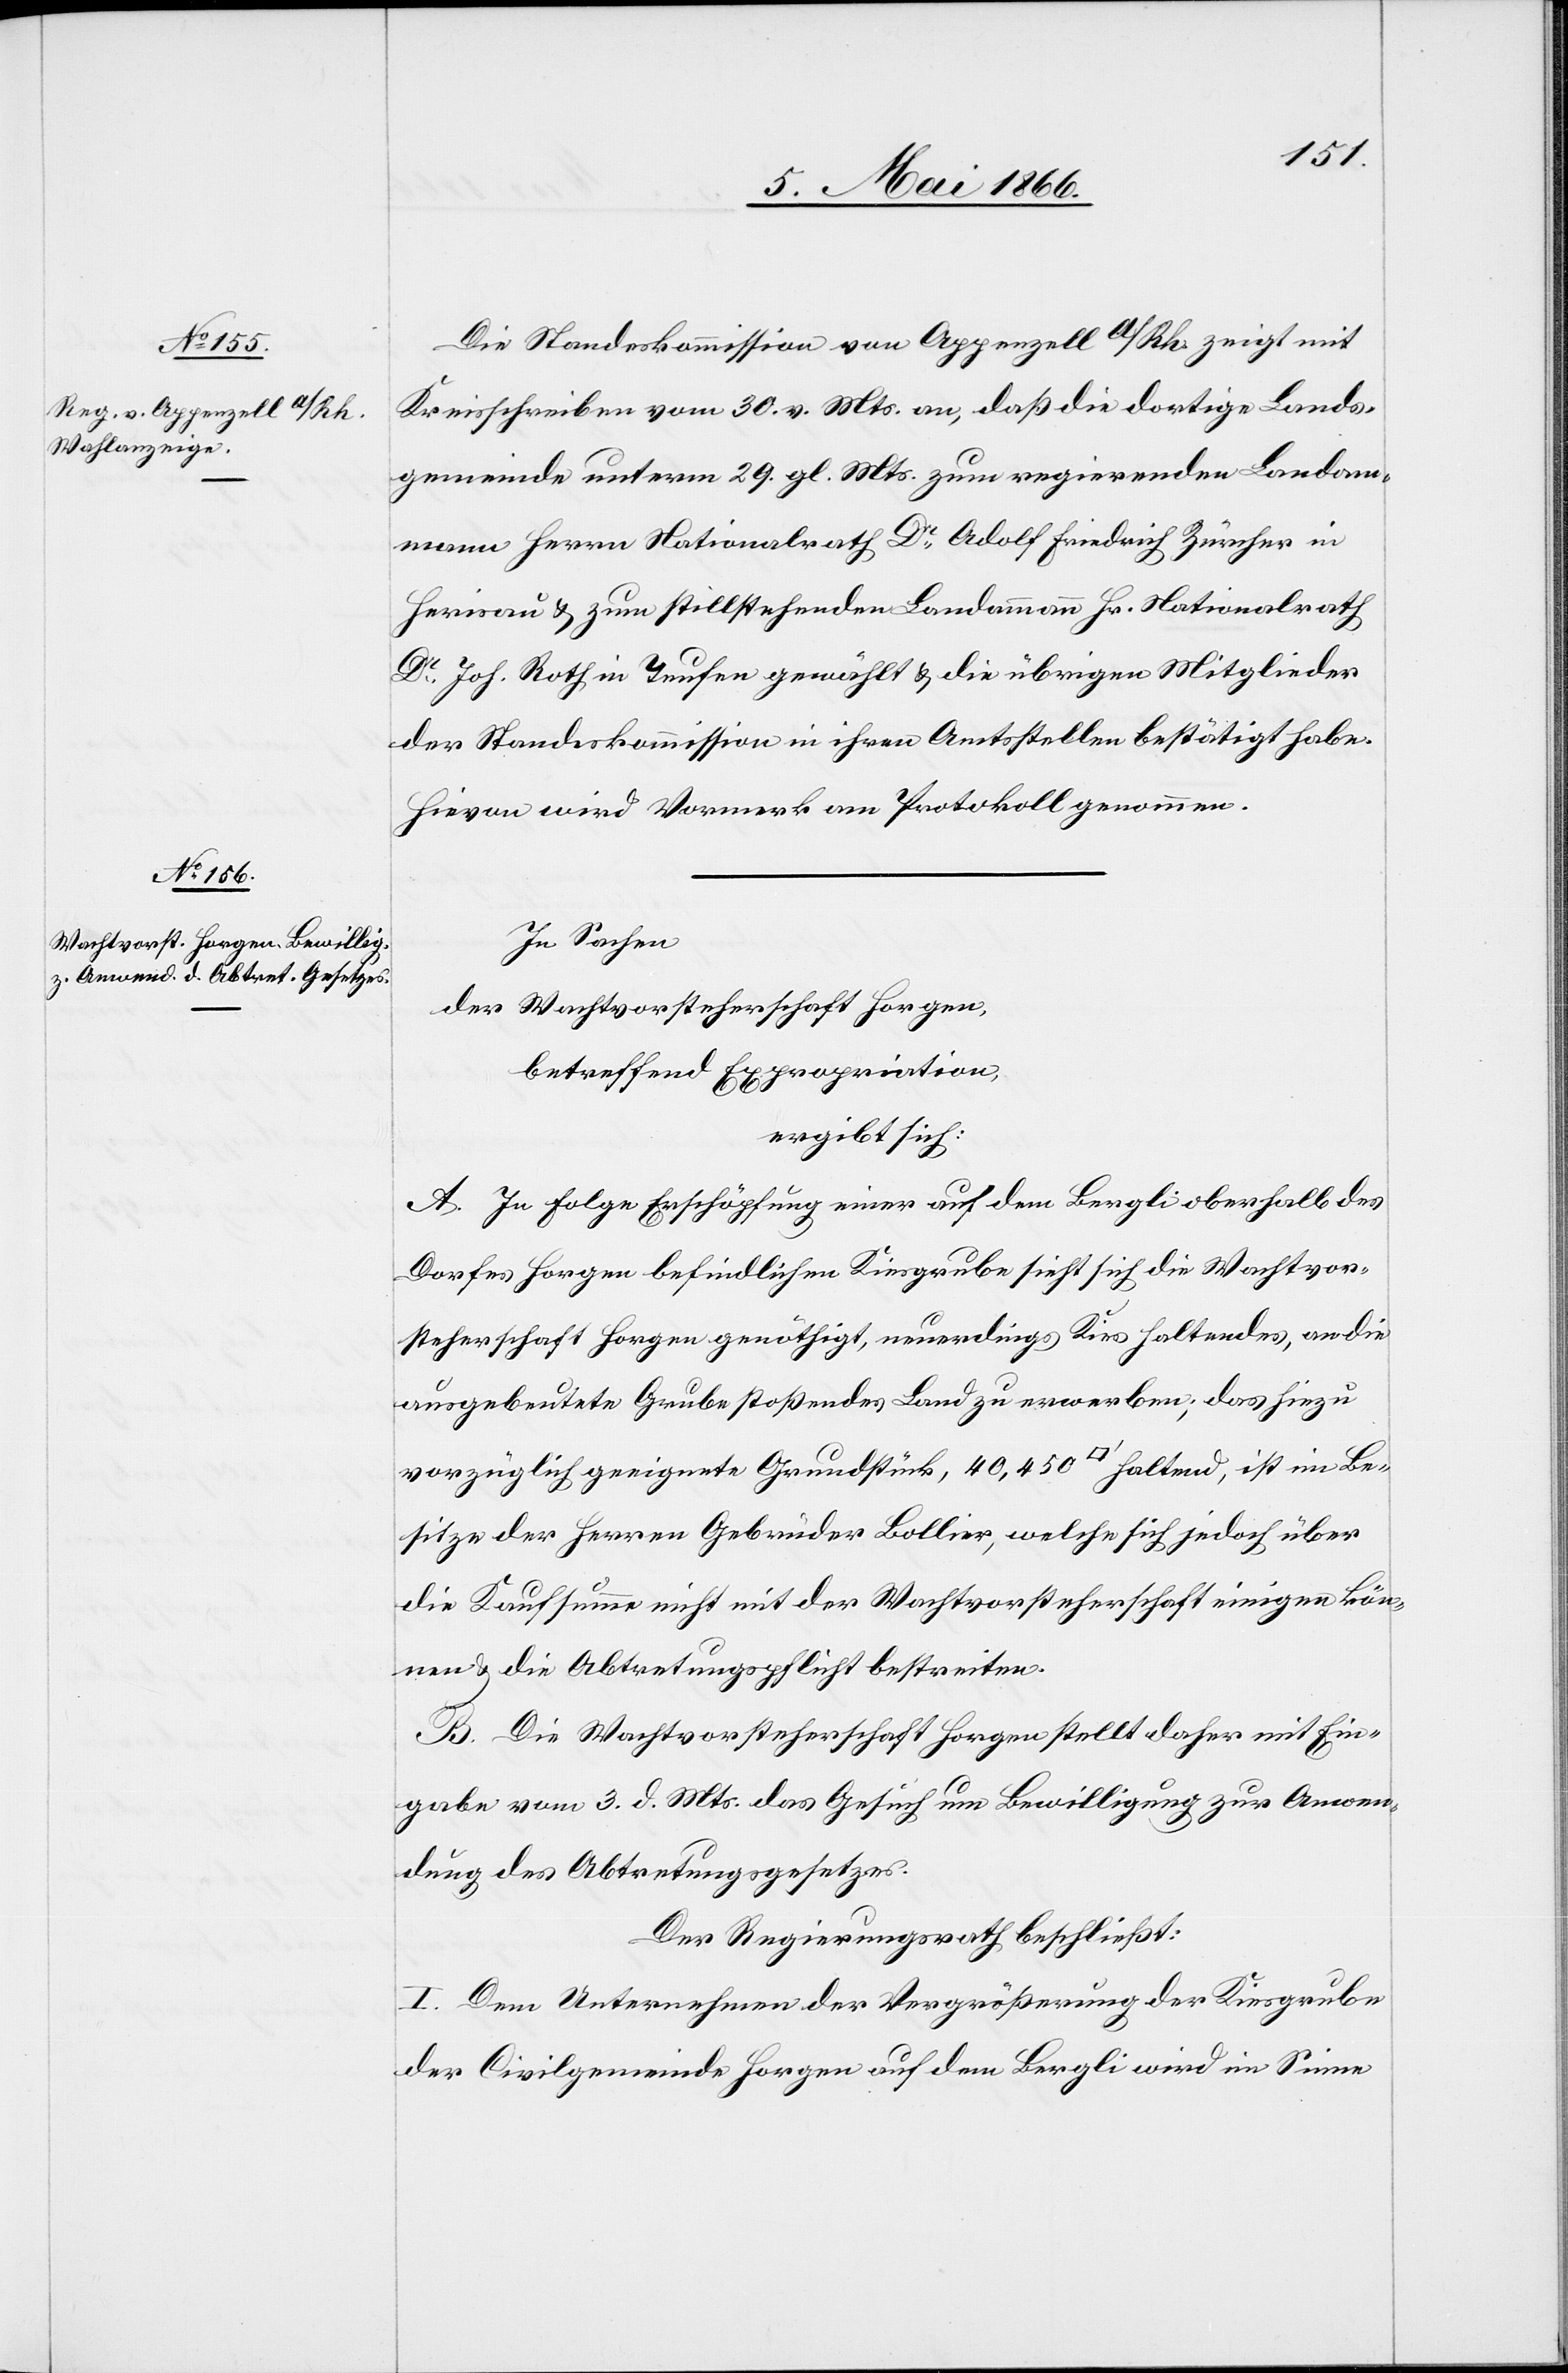
Die Standeskommission von Appenzell A/Rh. zeigt mit
Kreisschreiben vom 30. v. Mts. an, daß die dortige Lands¬
gemeinde unterm 29. gl. Mts. zum regierenden Landam¬
mann Herrn Nationalrath Dr. Adolf Friedrich Zürcher in
Herisau u. zum stillstehenden Landammann Hr. Nationalrath
Dr. Joh. Roth in Teufen gewählt u. die übrigen Mitglieder
der Standeskommission in ihren Amtsstellen bestätigt habe.
Hievon wird Vormerk am Protokoll genommen.
In Sachen
der Wachtvorsteherschaft Horgen,
betreffend Expropriation,
ergibt sich:
A. In Folge Erschöpfung einer auf dem Bergli oberhalb des
Dorfes Horgen befindlichen Kiesgrube sieht sich die Wachtvor¬
steherschaft Horgen genöthigt, neuerdings Kies haltendes, an die
ausgebeutete Grube stoßendes Land zu erwerben; das hiezu
vorzüglich geeignete Grundstück, 40 450 [Quadratfuß] haltend, ist im Be¬
sitze der Herren Gebrüder Bollier, welche sich jedoch über
die Kaufsumme nicht mit der Wachtvorsteherschaft einigen kön¬
nen u. die Abtretungspflicht bestreiten.
B. Die Wachtvorsteherschaft Horgen stellt daher mit Ein¬
gabe vom 3. d. Mts. das Gesuch um Bewilligung zur Anwen¬
dung des Abtretungsgesetzes.
Der Regierungsrath beschließt:
I. Dem Unternehmen der Vergrößerung der Kiesgrube
der Civilgemeinde Horgen auf dem Bergli wird im Sinne